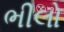
ભીલો